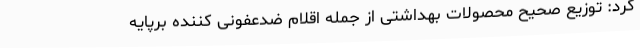
کرد: توزیع صحیح محصولات بهداشتی از جمله اقلام ضدعفونی کننده برپایه